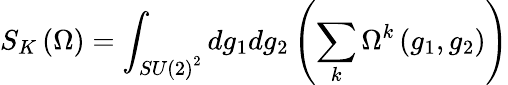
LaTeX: S_{K}\left(\Omega\right)=\int_{SU\left(2\right)^{2}}dg_{1}dg_{2}\left(\sum_{k}\Omega^{k}\left(g_{1},g_{2}\right)\right)